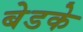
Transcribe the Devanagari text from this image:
बेडके